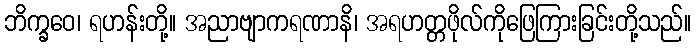
ဘိက္ခဝေ၊ ရဟန်းတို့။ အညာဗျာကရဏာနိ၊ အရဟတ္တဖိုလ်ကိုဖြေကြားခြင်းတို့သည်။